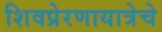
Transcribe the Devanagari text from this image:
शिवप्रेरणायात्रेचे